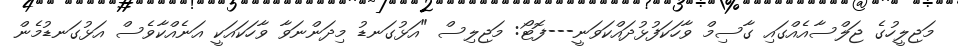
މަޖިލީހުގެ ޖަލްސާއެއްގައި ގާސިމް ވާހަކަފުޅުދައްކަވަނީ---ފޮޓޯ: މަޖިލިސް "އަޅުގަނޑު މިދަންނަވާ ވާހަކައަކީ އަނެއްކާވެސް އަޅުގަނޑުމެން